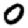
Digit: 0